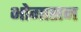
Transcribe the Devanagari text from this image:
भोगासन